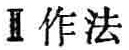
工作法